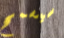
سيسمح